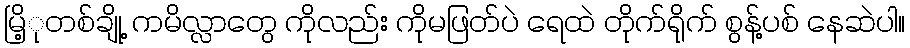
မြိ့ုတစ်ချို့ ကမိလ္လာတွေ ကိုလည်း ကိုမဖြတ်ပဲ ရေထဲ တိုက်ရိုက် စွန့်ပစ် နေဆဲပါ။